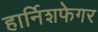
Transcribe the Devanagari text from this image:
हार्निशफेगर